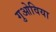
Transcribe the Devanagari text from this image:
गुओविया